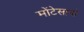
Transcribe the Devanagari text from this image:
मोंटेसानो